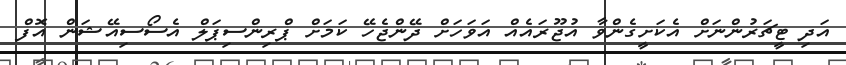
އަދި ޓީޗަރުންނަށް އެކަށީގެންވާ އުޖޫރައެއް އަވަހަށް ދޭންޖެހޭ ކަމަށް ޕްރިންސިޕަލް އެސޯސިއޭޝަން އޮފް